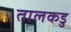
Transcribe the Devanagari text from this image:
तालकडु